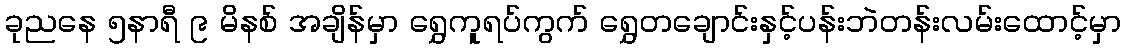
ခုညနေ ၅နာရီ ၉ မိနစ် အချိန်မှာ ရွှေကူရပ်ကွက် ရွှေတချောင်းနှင့်ပန်းဘဲတန်းလမ်းထောင့်မှာ